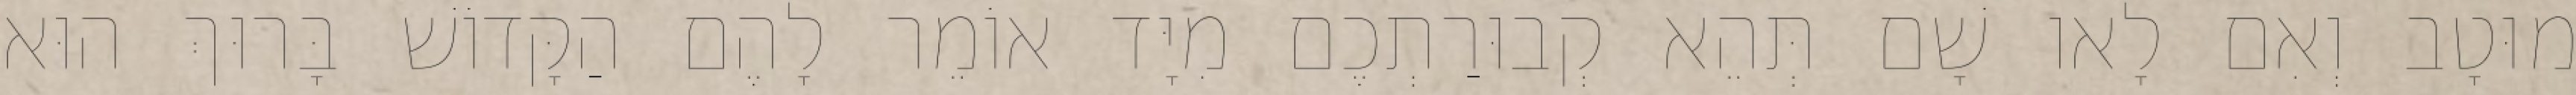
מוּטָב וְאִם לָאו שָׁם תְּהֵא קְבוּרַתְכֶם מִיָּד אוֹמֵר לָהֶם הַקָּדוֹשׁ בָּרוּךְ הוּא